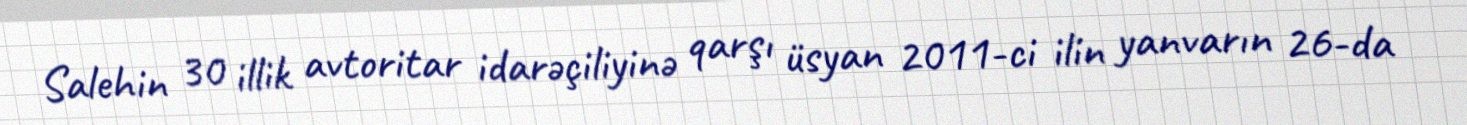
Salehin 30 illik avtoritar idarəçiliyinə qarşı üsyan 2011-ci ilin yanvarın 26-da